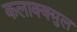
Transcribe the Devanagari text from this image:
कलाक्क्मुल